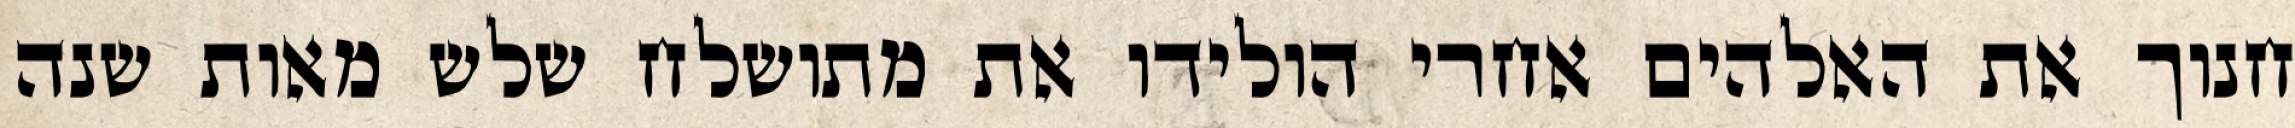
חנוך את האלהים אחרי הולידו את מתושלח שלש מאות שנה